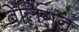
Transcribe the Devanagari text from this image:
बेलिंगन